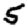
Digit: 5